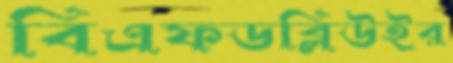
বিএফডব্লিউইর